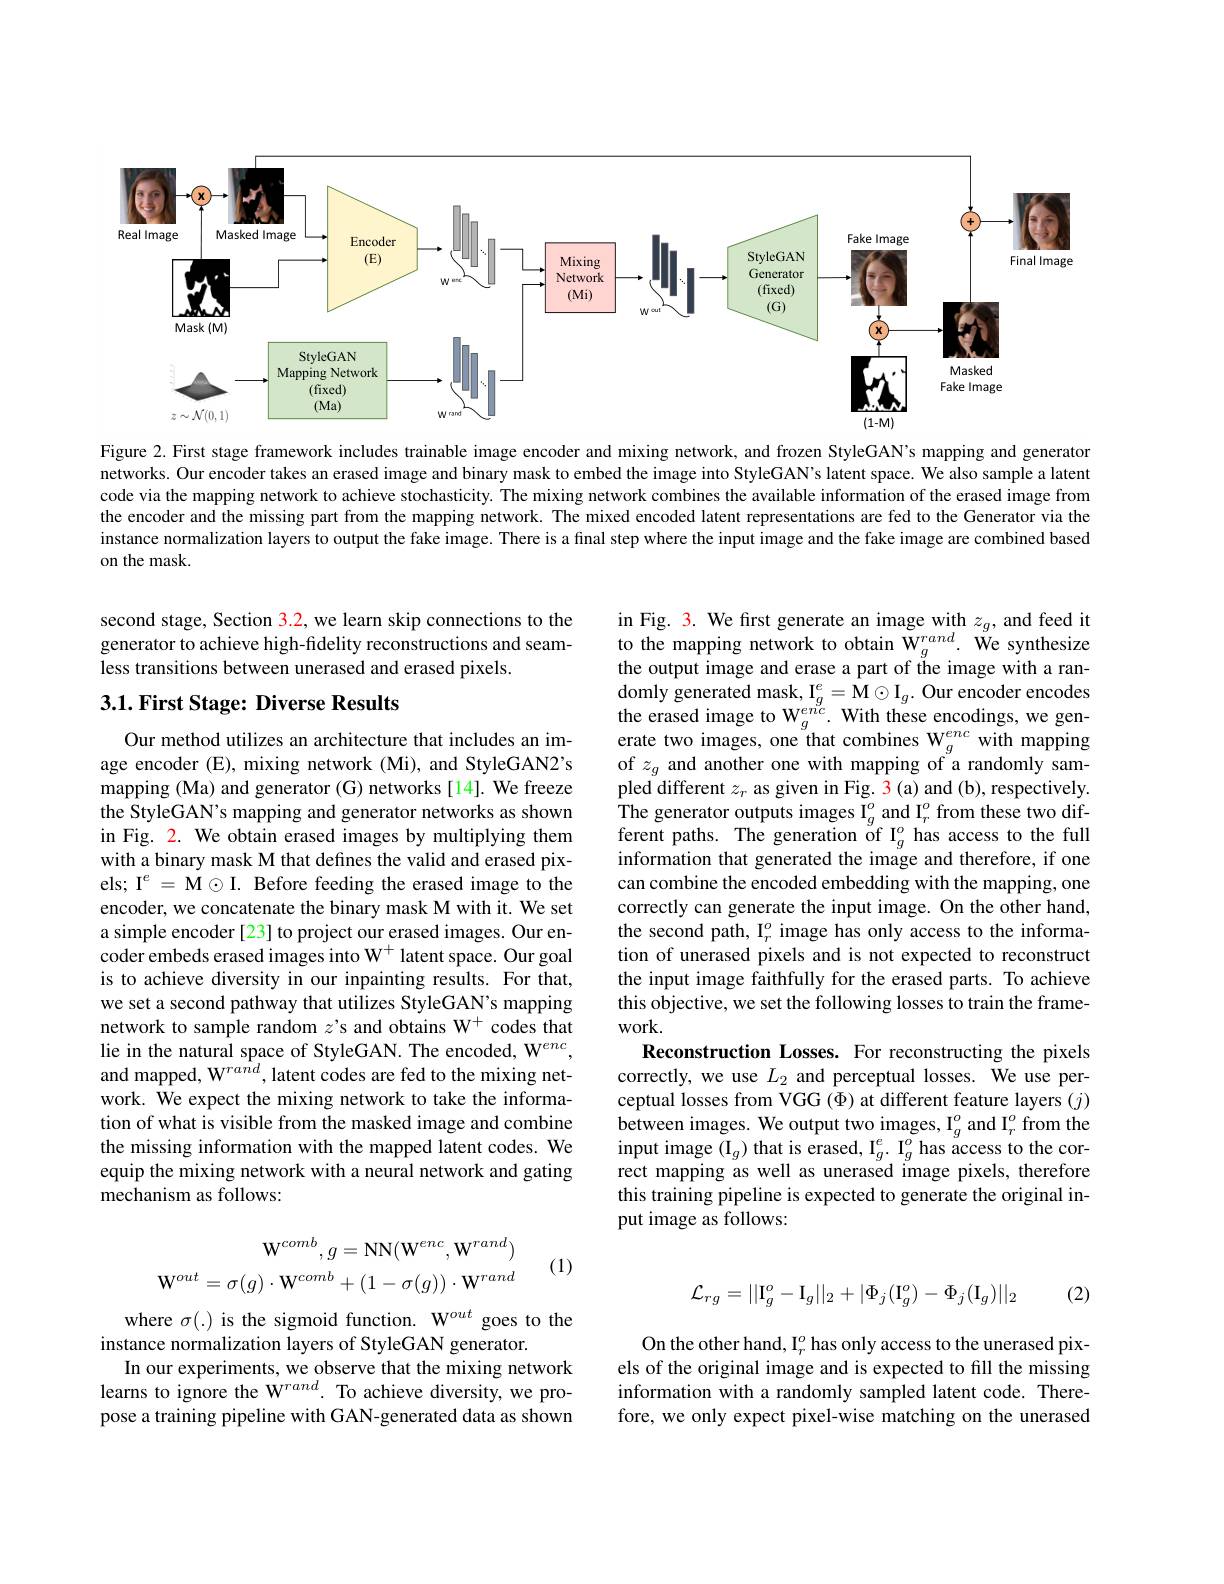
<FigureHere>

Figure 2. First stage framew networks. Our encoder takes code via the mapping network the encoder and the missing instance normalization layer on the mask.

second stage, Section 3.2, w generator to achieve high-fidelity reconstructions and seamless transitions between une

### $3. 1. \textbf{First Stage: Diverse Results}$

Our method utilizes an archi age encoder (E), mixing network (Mi), and StyleGAN2's mapping (Ma) and generator (G) networks [14]. We freeze the StyleGAN's mapping and generator networks as shown in Fig. 2. We obtain erased images by multiplying them with a binary mask M that defines the valid and erased pixels; I$^e=\mathbf{M}\odot\mathbf{I}.$ Before feeding the erased image to the encoder, we concatenate the binary mask M with it. We set a simple encoder [23] to project our erased images. Our en- $\hat{\text{coder embeds erased images into W}^+}$latent space. Our goal is to achieve diversity in o we set a second pathway that utilizes StyleGAN's mapping network to sample random $z’\text{s and obtains W}^+$ codes that lie in the natural space of StyleGAN. The encoded, W$^enc$, and mapped, W$^rand$, latent work. We expect the mixing network to take the information of what is visible from the missing information with the mapped latent codes. We equip the mixing network wit mechanism as follows:
$$\begin{aligned}\mathbf{W}^{comb},g&=\mathbf{NN}(\mathbf{W}^{enc},\mathbf{W}^{rand})\\\mathbf{W}^{out}=\sigma(g)\cdot\mathbf{W}^{comb}+(1-\sigma(g))\cdot\mathbf{W}^{rand}\end{aligned}$$
(1)

where $\sigma(.)$ is the sigmoid
instance normalization layer
In our experiments, we obser learns to ignore the W$^{ran}$ pose a training pipeline with GAN-generated data as shown

in Fig. 3. We first generate an image with $z_g$, and feed ito the mapping network to obtain W$_g^{rand}.$ We synthesize the output image and erase a part of the image with a randomly generated mask, I$_g^e=\mathbf{M}\odot\mathbf{I}_g.$ Our encoder encodes the erased image to $\mathrm{W}_{g}^{enc}.$ With these encodings, we generate two images, one that c pled different $z_r$ as given in Fig. 3(a) and (b), respectively The generator outputs images ferent paths. The generation of I$_g^o$ has access to the full information that generated t can combine the encoded embedding with the mapping, one correctly can generate the i the second path, I$_r^o$ image has only access to the information of unerased pixels and is not expected to reconstruct the input image faithfully for the erased parts. To achieve this objective, we set the following losses to train the frame- $work.$
Reconstruction Losses. For reconstructing the pixels correctly, we use $L_2$ and perceptual losses. We use perceptual losses from VGG $(\Phi)$ between images. We output tw input image $(\mathrm{I}_g)$ that i rect mapping as well as unerased image pixels, therefore this training pipeline is ex put image as follows:

(2)
$$\mathcal{L}_{rg}=||\mathrm{I}_g^o-\mathrm{I}_g||_2+|\Phi_j(\mathrm{I}_g^o)-\Phi_j(\mathrm{I}_g)||_2$$
On the other hand, I$_r^o$ has only access to the unerased pixels of the original image an information with a randomly sampled latent code. Therefore, we only expect pixel-wise matching on the unerased